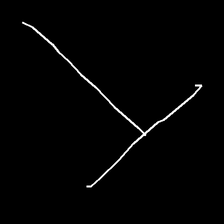
Glyph: column